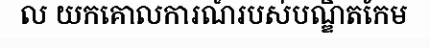
ល យកគោលការណ៍របស់បណ្ឌិតកែម